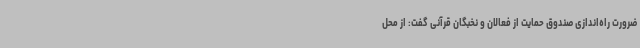
ضرورت راه‌اندازی صندوق حمایت از فعالان و نخبگان قرآنی گفت: از محل